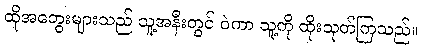
ထိုအတွေးများသည် သူ့အနီးတွင် ဝဲကာ သူ့ကို ထိုးသုတ်ကြသည်။